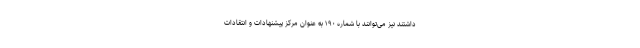
داشتند نیز می‌توانند با شماره ١٩٠ به عنوان مرکز پیشنهادات و انتقادات